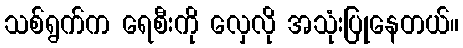
သစ်ရွက်က ရေစီးကို လှေလို အသုံးပြုနေတယ်။